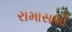
રામાસામી